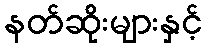
နတ်ဆိုးများနှင့်